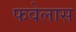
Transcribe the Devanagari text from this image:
फवेलास